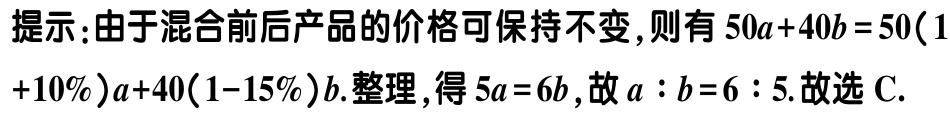
提示：由于混合前后产品的价格可保持不变,则有 \(50a + 40b = 50(1 + 10\%)a + 40(1 - 15\%)b\).整理,得 \(5a = 6b\),故 \(a:b = 6:5\).故选C.